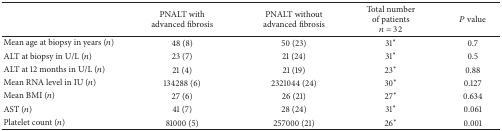
<table><thead><tr><td><b> </b></td><td><b>PNALT with advanced fibrosis</b></td><td><b>PNALT without advanced fibrosis</b></td><td><b>Total number of patients<i>n</i> = 32</b></td><td><b><i>P</i> value</b></td></tr></thead><tbody><tr><td>Mean age at biopsy in years (<i>n</i>)</td><td>48 (8)</td><td>50 (23)</td><td>31*</td><td>0.7</td></tr><tr><td>ALT at biopsy in U/L (<i>n</i>)</td><td>23 (7)</td><td>21 (24)</td><td>31*</td><td>0.5</td></tr><tr><td>ALT at 12 months in U/L (<i>n</i>)</td><td>21 (4)</td><td>21 (19)</td><td>23*</td><td>0.88</td></tr><tr><td>Mean RNA level in IU (<i>n</i>)</td><td>134288 (6)</td><td>2321044 (24)</td><td>30*</td><td>0.127</td></tr><tr><td>Mean BMI (<i>n</i>) </td><td>27 (6)</td><td>26 (21)</td><td>27*</td><td>0.634</td></tr><tr><td>AST (<i>n</i>)</td><td>41 (7)</td><td>28 (24)</td><td>31*</td><td>0.061</td></tr><tr><td>Platelet count (<i>n</i>)</td><td>81000 (5)</td><td>257000 (21)</td><td>26*</td><td>0.001</td></tr></tbody></table>